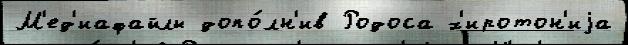
М'ед'иафайлы допо́лн'ив Родоса х'иротон'иjа